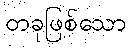
တခုဖြစ်သော